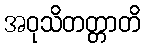
အဝုသိတတ္တာတိ